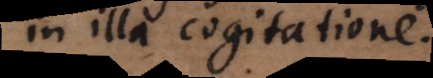
in illa cogitatione.